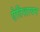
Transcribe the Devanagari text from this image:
ऐतिशायन